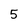
Character: 5